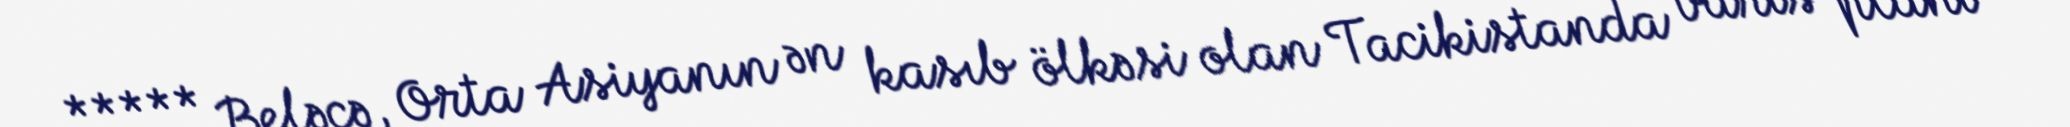
***** Beləcə, Orta Asiyanın ən kasıb ölkəsi olan Tacikistanda varis planı